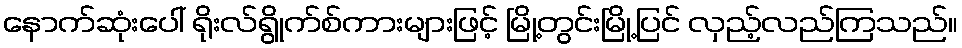
နောက်ဆုံးပေါ် ရိုးလ်ရွိုက်စ်ကားများဖြင့် မြို့တွင်းမြို့ပြင် လှည့်လည်ကြသည်။